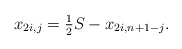
\begin{align*} x_{2i,j} = \tfrac{1}{2} S - x_{2i,n+1-j}.\end{align*}